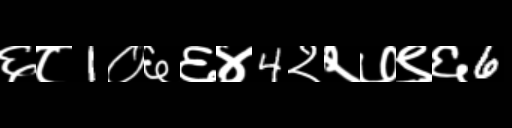
Text: ६८1०६६४4२२७९६6